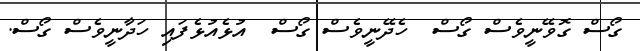
ގޯސް ގޮވޭނީވެސް ގޯސް  ހެދޭނީވެސް ގޯސް  އުޅެއުޅެފައި ހަދާނީވެސް ގޯސް.